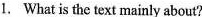
1. What is the text mainly about?